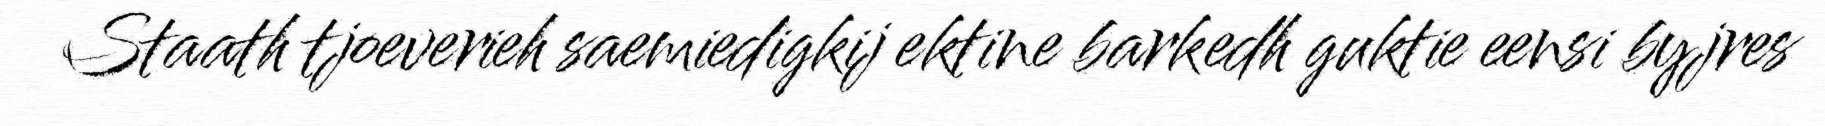
Staath tjoeverieh saemiedigkij ektine barkedh guktie eensi byjres